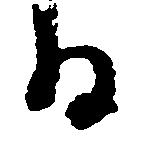
る